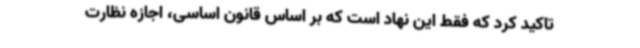
تاکید کرد که فقط این نهاد است که بر اساس قانون اساسی، اجازه نظارت